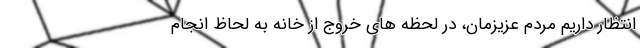
انتظار داریم مردم عزیزمان، در لحظه های خروج از خانه به لحاظ انجام